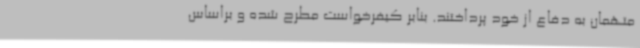
متهمان به دفاع از خود پرداختند. بنابر کیفرخواست مطرح شده و براساس